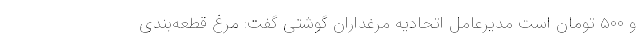
و ۵۰۰ تومان است مدیرعامل اتحادیه مرغداران گوشتی گفت: مرغ قطعه‌بندی